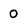
Character: 0